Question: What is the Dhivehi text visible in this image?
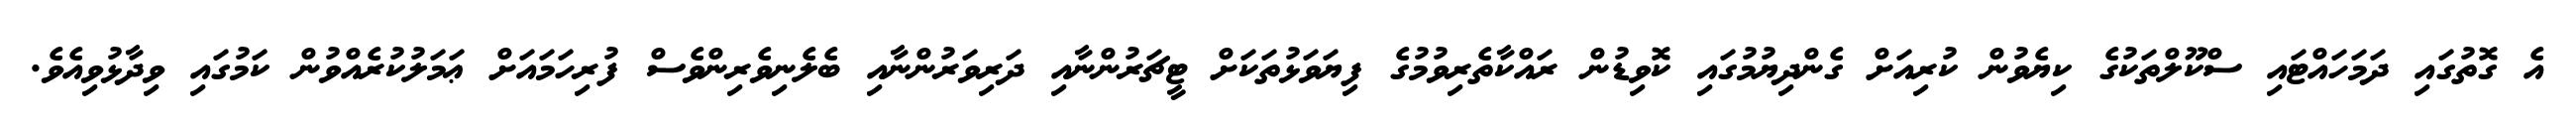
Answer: އެ ގޮތުގައި ދަމަހައްޓައި ސްކޫލްތަކުގެ ކިޔެވުން ކުރިއަށް ގެންދިޔުމުގައި ކޮވިޑުން ރައްކާތެރިވުމުގެ ފިޔަވަޅުތަކަށް ޓީޗަރުންނާއި ދަރިވަރުންނާއި ބެލެނިވެރިންވެސް ފުރިހަމައަށް ޢަމަލުކުރެއްވުން ކަމުގައި ވިދާޅުވިއެވެ.